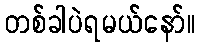
တစ်ခါပဲရမယ်နော်။